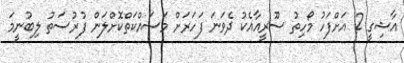
އާޝިގީ 2 އަށްފަހު މޯހިތު ސޫރީއާއެކު ދެވަނަ ފަހަރަށް މަސައްކަތްކޮށްލަން ފުރުސަތު ލިބުނީމަ